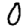
Digit: 0